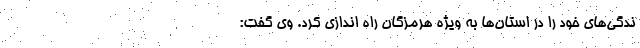
ندگی‌های خود را در استان‌ها به ویژه هرمزگان راه اندازی کرد. وی گفت: